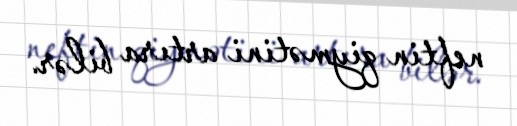
neftin qiymətini artıra bilər.